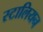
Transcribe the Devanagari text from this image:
स्टालियन